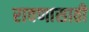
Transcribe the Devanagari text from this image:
रावणासाठी